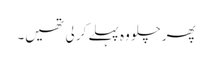
پھر چلو وہ پہلے کر لی تھیں۔